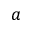
a